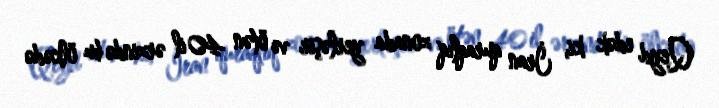
Qeyd edək ki, İran quraqlıq zonada yerləşir və ötən 40 il ərzində bu ölkədə